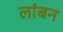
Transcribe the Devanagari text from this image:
लांबन